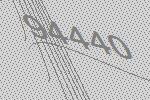
94440